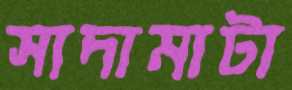
সাদামাটা